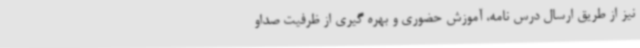
نیز از طریق ارسال درس نامه، آموزش حضوری و بهره گیری از ظرفیت صداو